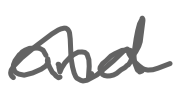
Text: and
Cross-out: wave
Writing tool: digital_gray